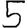
Digit: 5